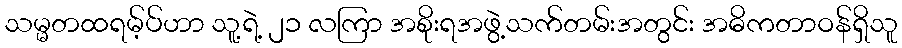
သမ္မတထရမ့်ပ်ဟာ သူ့ရဲ့ ၂၁ လကြာ အစိုးရအဖွဲ့သက်တမ်းအတွင်း အဓိကတာဝန်ရှိသူ